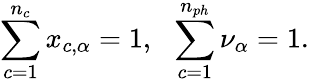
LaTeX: \sum_{c=1}^{n_{c}}x_{c,\alpha}=1,\ \ \sum_{c=1}^{n_{ph}}\nu_{\alpha}=1.